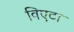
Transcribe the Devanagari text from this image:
विएटा